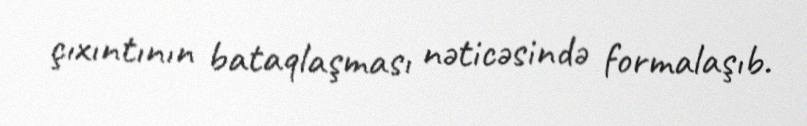
çıxıntının bataqlaşması nəticəsində formalaşıb.